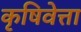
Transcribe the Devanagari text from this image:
कृषिवेत्ता